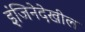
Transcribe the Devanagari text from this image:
इंजिनेदेखील